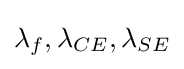
{\textstyle \lambda _{f},\lambda _{CE},\lambda _{SE}}